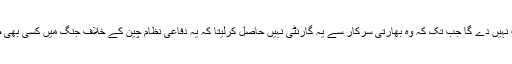
400 دفاعی نظام اُس وقت نہیں دے گا جب تک کہ وہ بھارتی سرکار سے یہ گارنٹی نہیں حاصل کرلیتا کہ یہ دفاعی نظام چین کے خلاف جنگ میں کسی بھی صورت استعمال نہیں ہوگا۔